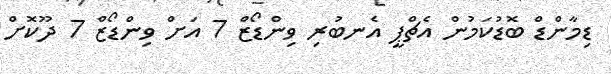
ޑިމާންޑް ބޮޑުކަމުން އެޗްޕީ އެނބުރި ވިންޑޯޒް 7 އަށް ވިންޑޯޒް 7 ދޫކޮށް